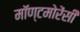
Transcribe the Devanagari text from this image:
मॉण्टमोरेंसी